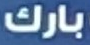
بارك